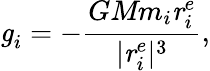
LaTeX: \textbf{\textit{g}}_{i}=-\frac{\textit{GMm}_{i}\textbf{\textit{r}}_{i}^{e}}{\lvert\textbf{\textit{r}}_{i}^{e}\rvert^{3}},